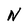
Character: N